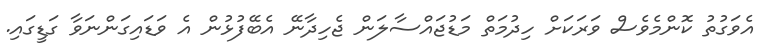
އެވަގުތު ކޮންމެވެސް ވަރަކަށް ހިދުމަތް މަޑުޖައްސާލަން ޖެހިދާނޭ އެބޭފުޅުން އެ ވަޑައިގަންނަވާ ގަޑީގައި.